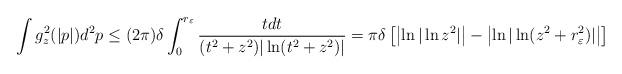
LaTeX: \begin{align*} \int g^2_z (|p|) d^2p \leq (2\pi)\delta \int_0^{r_\varepsilon} \frac{tdt}{(t^2+z^2)|\ln (t^2 + z^2)|} = \pi \delta \left[ \bigl|\ln|\ln z^2|\bigr| - \bigl|\ln|\ln (z^2 + r_\varepsilon^2)|\bigr| \right]\end{align*}